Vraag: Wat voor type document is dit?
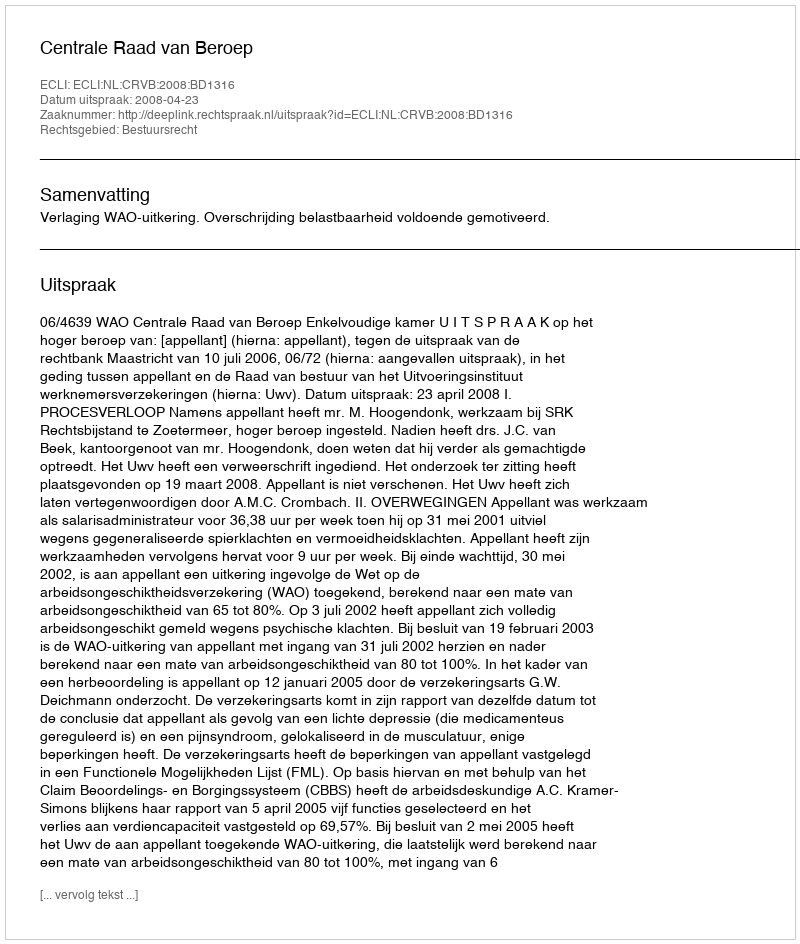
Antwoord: Uitspraak